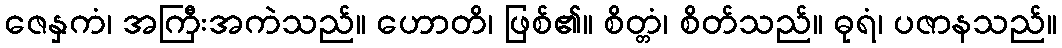
ဇေနှကံ၊ အကြီးအကဲသည်။ ဟောတိ၊ ဖြစ်၏။ စိတ္တံ၊ စိတ်သည်။ ဓုရံ၊ ပဇာနသည်။